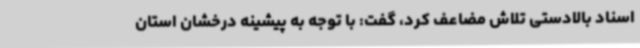
اسناد بالادستی تلاش مضاعف کرد، گفت: با توجه به پیشینه درخشان استان